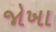
જોખા